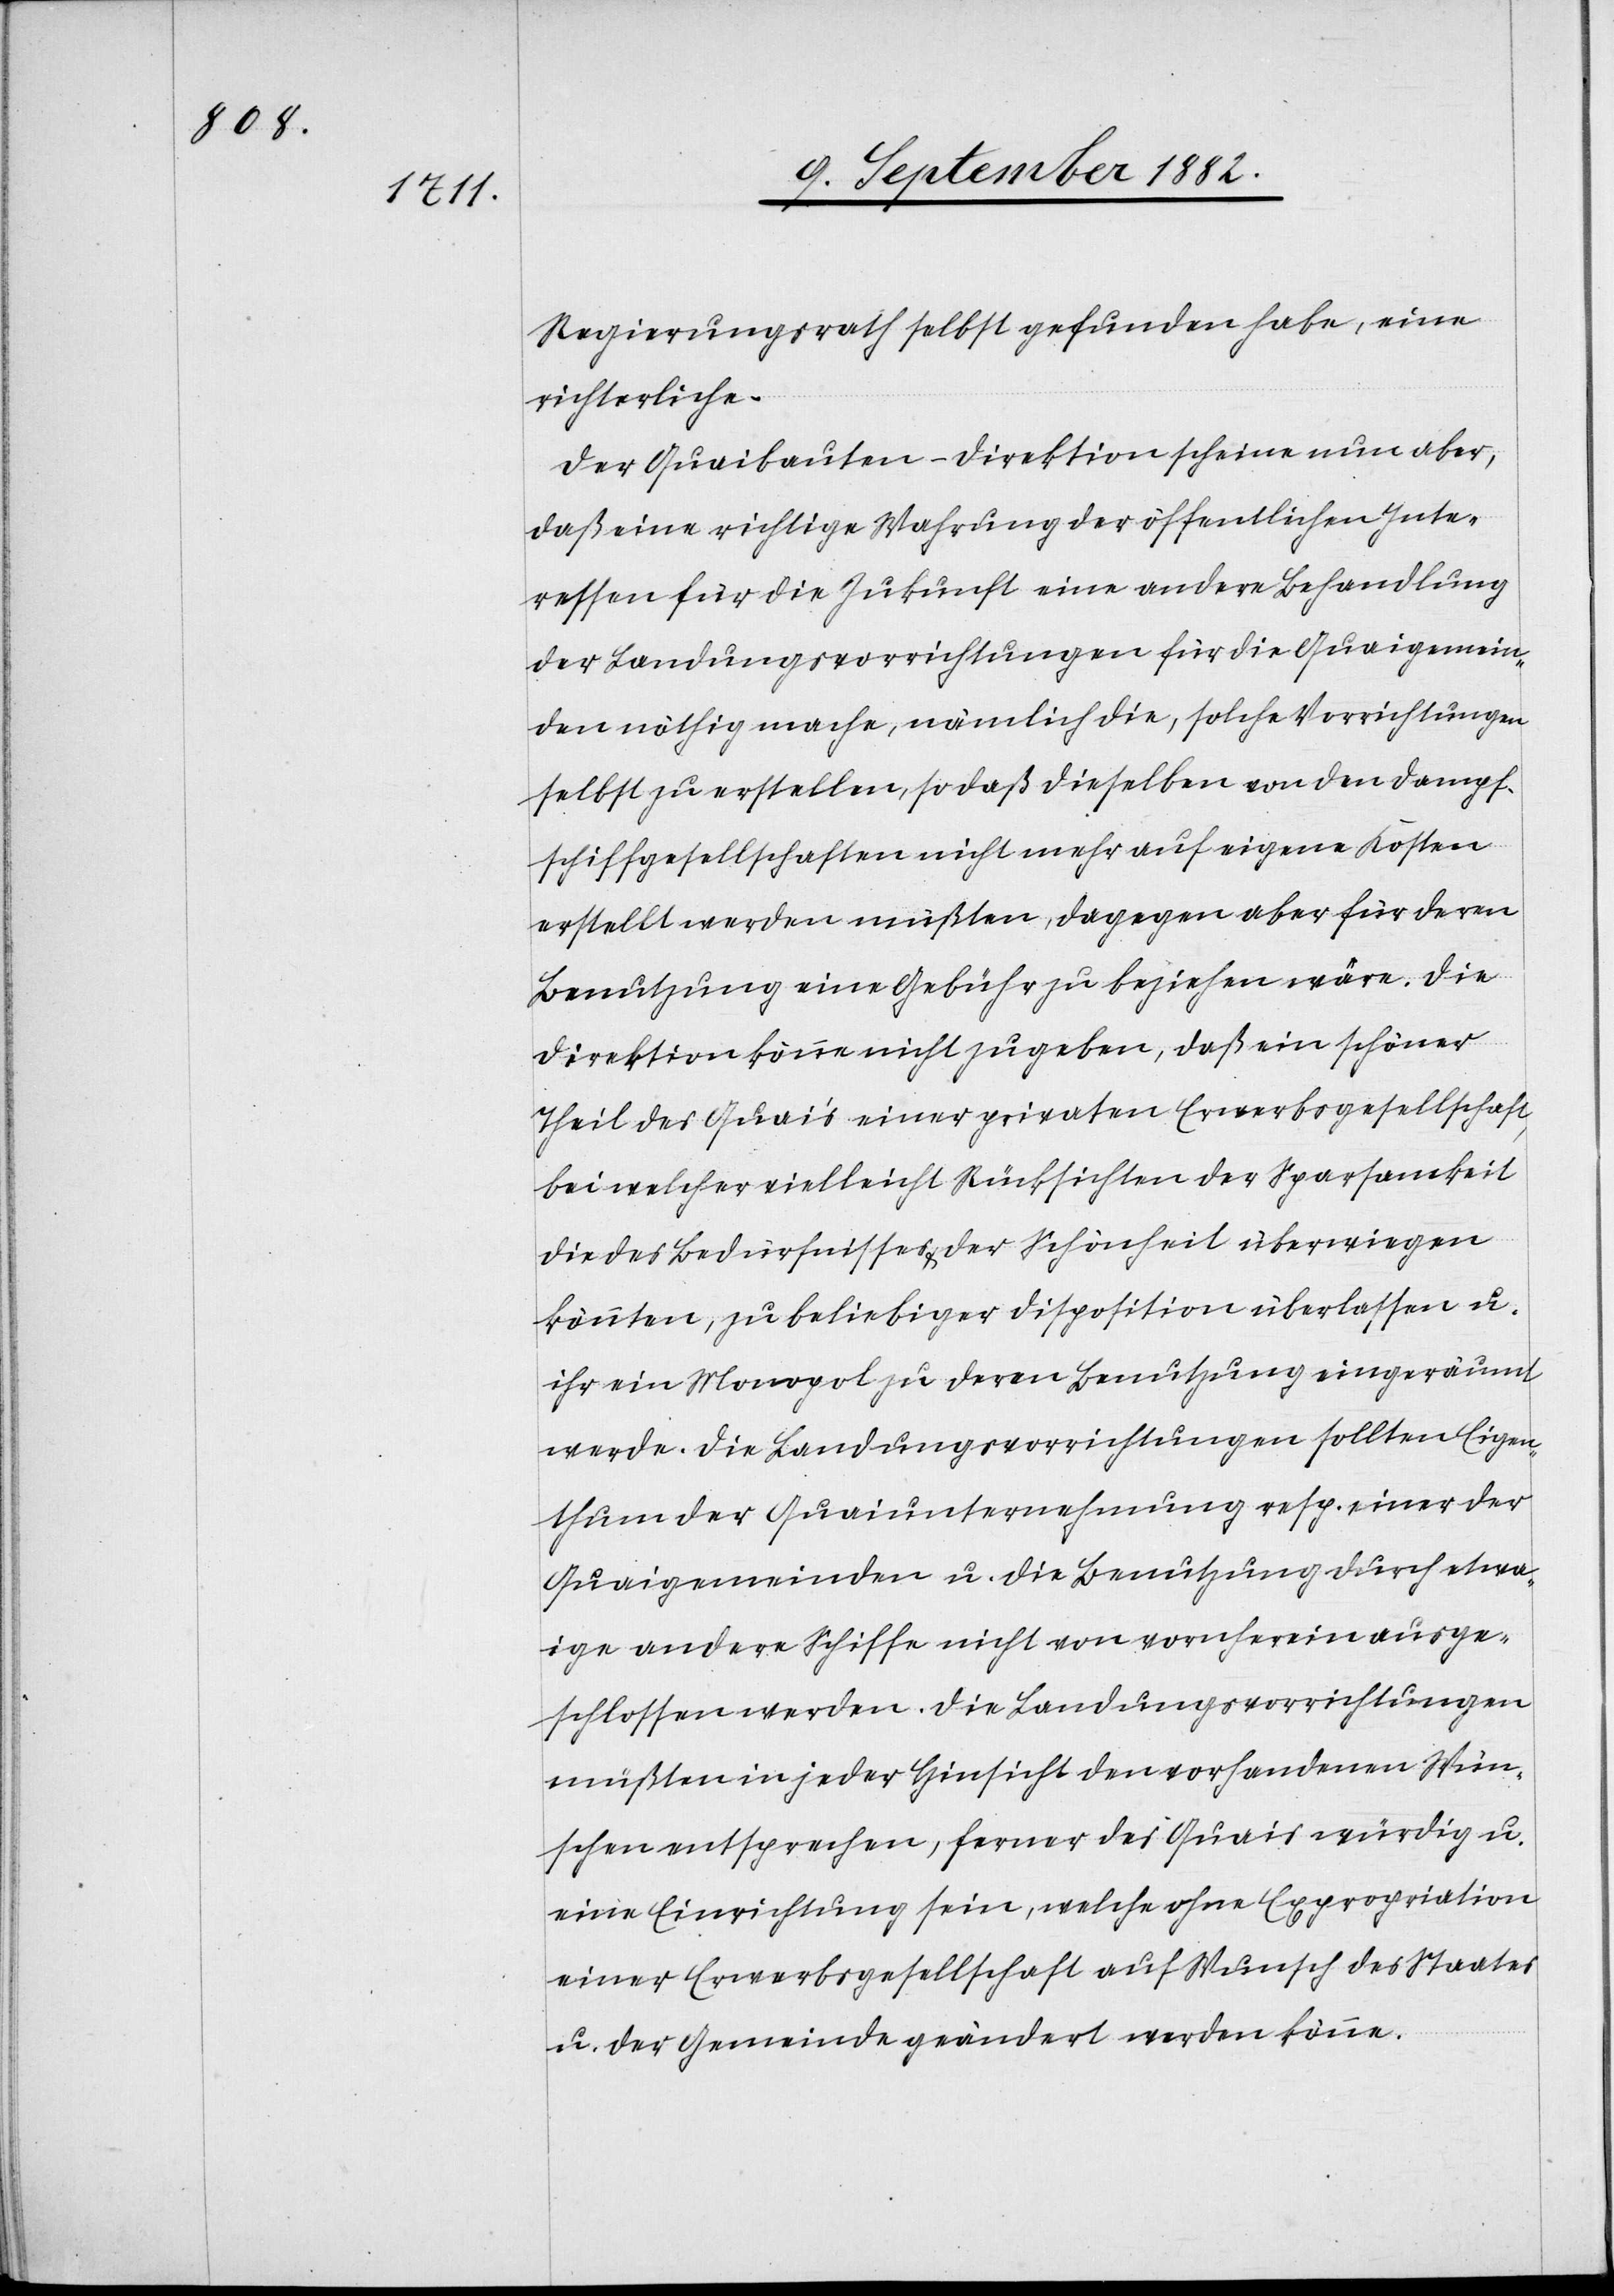
Regierungsrath selbst gefunden habe, ein
richterliche.
Der Quaibauten-Direktion scheine nun aber,
daß ein richtige Wahrung der öffentlichen Inte¬
ressen für die Zukunft eine andere Behandlung
der Landungsvorrichtungen für die Quaigemein¬
den nöthig mache, nämlich die, solche Vorrichtungen
selbst zu erstellen, so daß dieselben von den Dampf¬
schiffgesellschaften nicht mehr auf eigene Kosten
erstellt werden müßten, dagegen aber für deren
Benutzung eine Gebühr zu beziehen wäre. Die
Direktion könne nicht zugeben, daß ein schöner
Theil des Quai’s einer privaten Erwerbsgesellschaft,
bei welcher vielleicht Rücksichten der Sparsamkeit
die des Bedürfnisses & der Schönheit überwiegen
könnten, zu beliebiger Disposition überlassen u.
ihr ein Monopol zu deren Benutzung eingeräumt
werde. Die Landungsvorrichtungen sollten Eigen¬
thum der Quaiunternehmung resp. einer der
Quaigemeinden u. die Benutzung durch etwa¬
ige andere Schiffe nicht von vornherein ausge¬
schlossen werden. Die Landungsvorrichtungen
müßten in jeder Hinsicht den vorhandenen Wün¬
schen entsprechen, ferner des Quais würdig u.
eine Einrichtung sein, welche ohne Expropriation
einer Erwerbsgesellschaft auf Wunsch des Staates
u. der Gemeinde geändert werden könne.